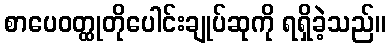
စာပေဝတ္ထုတိုပေါင်းချုပ်ဆုကို ရရှိခဲ့သည်။